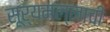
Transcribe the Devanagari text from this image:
सूर्यमल्लाची